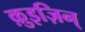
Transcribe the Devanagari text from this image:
क़ुइज़िन्